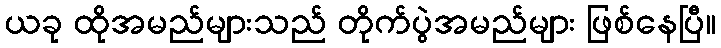
ယခု ထိုအမည်များသည် တိုက်ပွဲအမည်များ ဖြစ်နေပြီ။